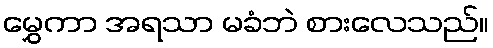
မွှေကာ အရသာ မခံဘဲ စားလေသည်။